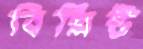
বিশ্লিষ্ট